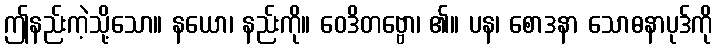
ဤနည်းကဲ့သို့သော။ နယော၊ နည်းကို။ ဝေဒိတဗ္ဗော၊ ၏။ ပန၊ စောဒနာ သောဓနာပုဒ်ကို